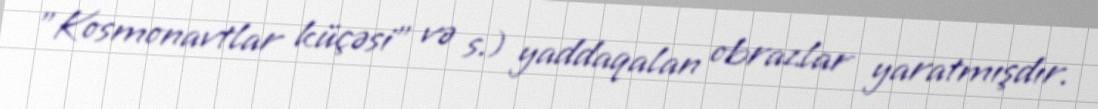
"Kosmonavtlar küçəsi" və s.) yaddaqalan obrazlar yaratmışdır.